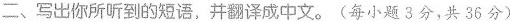
二、写出你所听到的短语，并翻译成中文。(每小题3分，共36分)